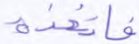
فاتخذه